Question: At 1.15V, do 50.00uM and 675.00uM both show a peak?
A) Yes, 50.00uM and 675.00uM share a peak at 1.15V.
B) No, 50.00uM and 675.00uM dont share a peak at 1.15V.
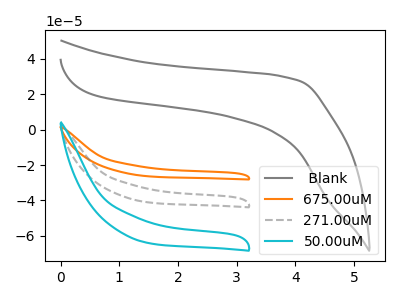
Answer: <think>The gray curve " Blank" has no peaks. The orange curve "675.00uM" has no peaks. The gray dashed curve "271.00uM" has no peaks. The cyan curve "50.00uM" has no peaks.</think>
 <answer>B) No, "50.00uM" and "675.00uM" dont share a peak at 1.15V.</answer>
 <eval>B</eval>